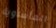
المأساوية